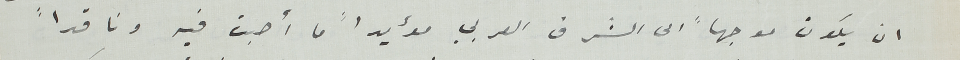
ان يكون موجها الى الشرق العربي مؤيداً ما أصبت فيه وناقداً